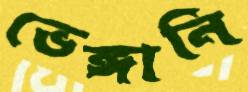
ভেঙ্গানি